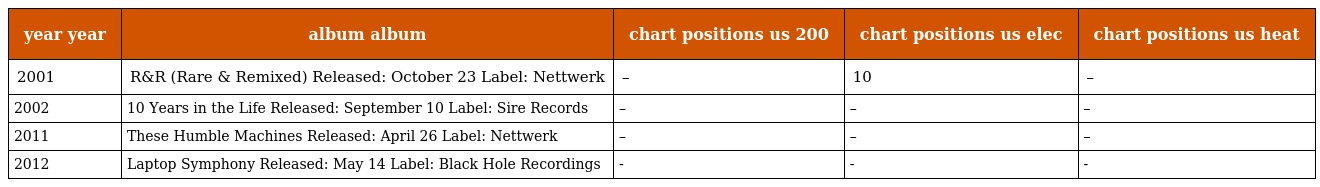
| year year | album album | chart positions us 200 | chart positions us elec | chart positions us heat |
 | --- | --- | --- | --- | --- |
 | 2001 | R&R (Rare & Remixed) Released: October 23 Label: Nettwerk | – | 10 | – |
 | 2002 | 10 Years in the Life Released: September 10 Label: Sire Records | – | – | – |
 | 2011 | These Humble Machines Released: April 26 Label: Nettwerk | – | – | – |
 | 2012 | Laptop Symphony Released: May 14 Label: Black Hole Recordings | - | - | - |